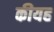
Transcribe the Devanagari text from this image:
कीयह